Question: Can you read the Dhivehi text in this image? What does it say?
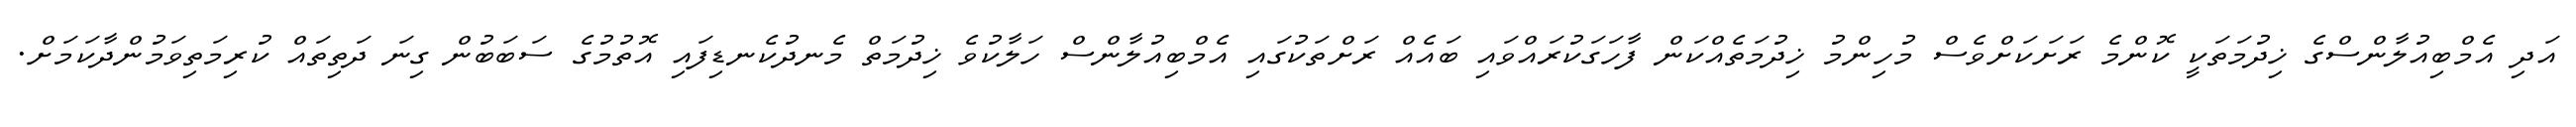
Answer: އަދި އެމްބިއުލާންސްގެ ޚިދުމަތަކީ ކޮންމެ ރަށަކަށްވެސް މުހިންމު ޚިދުމަތެއްކަން ފާހަގަކުރައްވައި ބައެއް ރަށްތަކުގައި އެމްބިއުލާންސް ހަލާކުވެ ޚިދުމަތް މެނދުކެނޑިފައި އޮތުމުގެ ސަބަބުން ގިނަ ދަތިތައް ކުރިމަތިވަމުންދާކަމަށް.